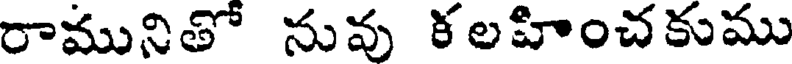
రామునితో నువు కలహించకుము